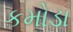
કમોડા